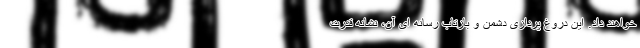
خواهند داد. این دروغ پردازی دشمن و بازتاب رسانه ای آن، نشانه قدرت